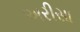
અરીસા